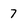
Character: 7